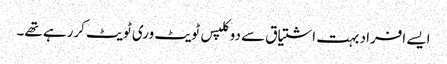
ایسے افراد بہت اشتیاق سے دوکلپس ٹویٹ وری ٹویٹ کررہے تھے۔